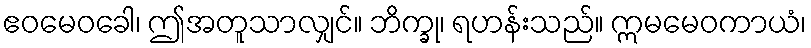
ဧဝမေဝခေါ၊ ဤအတူသာလျှင်။ ဘိက္ခု၊ ရဟန်းသည်။ ဣမမေဝကာယံ၊